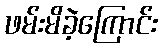
ဖမ်းမိခဲ့ကြောင်း